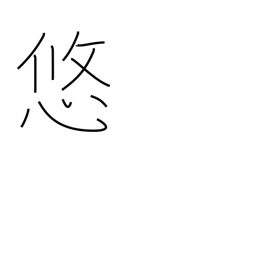
Meaning: permanence